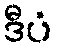
ဒီပံ